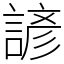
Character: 諺